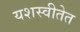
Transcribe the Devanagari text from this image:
यशस्वीतेत